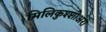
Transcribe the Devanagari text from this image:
मिलिकुश्शोअरा